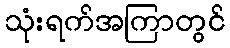
သုံးရက်အကြာတွင်